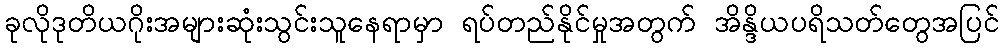
ခုလိုဒုတိယဂိုးအများဆုံးသွင်းသူနေရာမှာ ရပ်တည်နိုင်မှုအတွက် အိန္ဒိယပရိသတ်တွေအပြင်